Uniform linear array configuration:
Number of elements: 64
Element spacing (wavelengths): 0.75
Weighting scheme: binomial
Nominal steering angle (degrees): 0
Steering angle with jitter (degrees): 0.999
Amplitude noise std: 0.05
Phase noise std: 0.05

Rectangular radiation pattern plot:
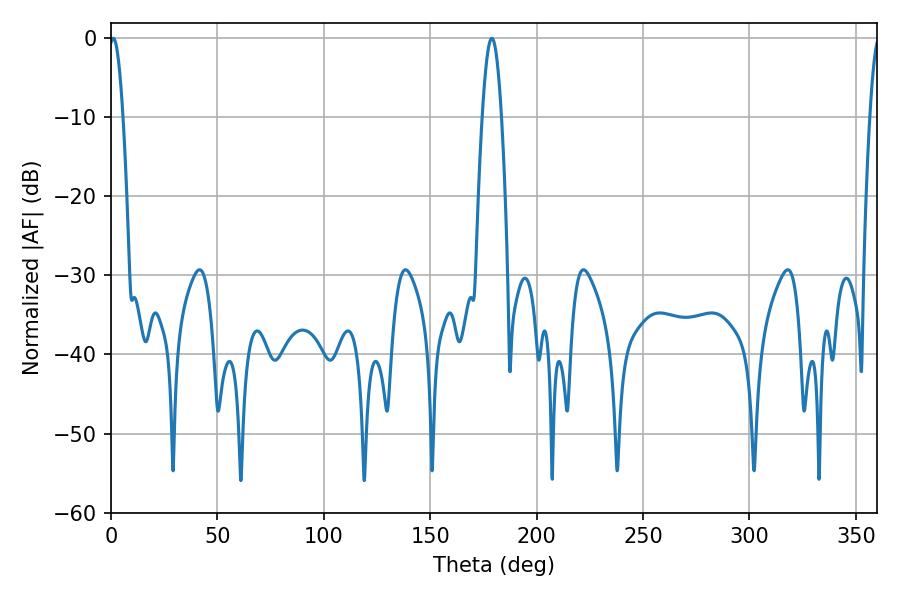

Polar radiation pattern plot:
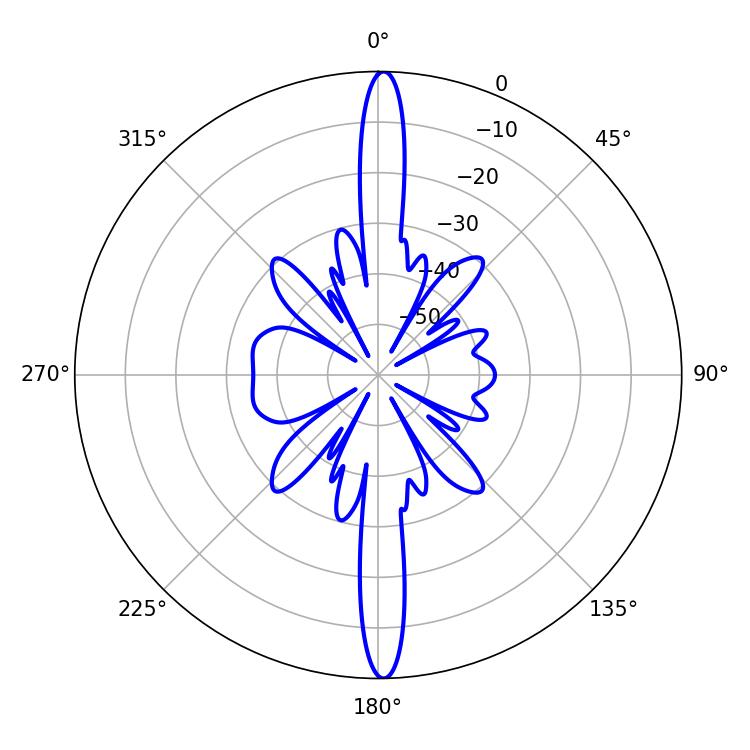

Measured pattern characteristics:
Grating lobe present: TRUE
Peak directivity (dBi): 27.835
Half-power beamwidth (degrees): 3.42
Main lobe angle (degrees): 1.08